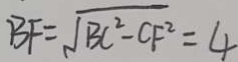
B F = \sqrt { B C ^ { 2 } - C F ^ { 2 } } = 4